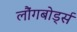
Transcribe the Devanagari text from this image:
लौंगबोर्ड्स